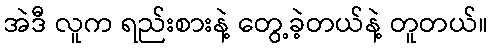
အဲဒီ လူက ရည်းစားနဲ့ တွေ့ခဲ့တယ်နဲ့ တူတယ်။